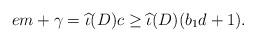
LaTeX: \begin{align*} em + \gamma = \widehat{\iota}(D)c \geq \widehat{\iota}(D)(b_1 d+1). \end{align*}